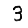
Digit: 3